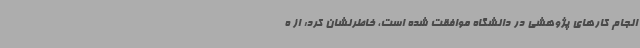
انجام کارهای پژوهشی در دانشگاه موافقت شده است، خاطرنشان کرد: از ه